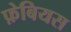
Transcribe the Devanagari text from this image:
फ़ेबियस